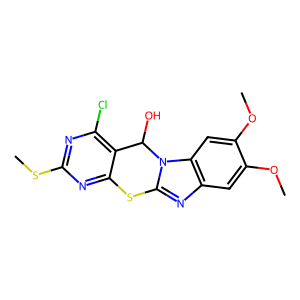
SMILES: COc1cc2nc3n(c2cc1OC)C(O)c1c(Cl)nc(SC)nc1S3
Inhibits HIV replication: No